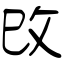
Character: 攺